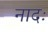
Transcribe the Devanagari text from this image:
नादः